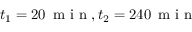
t _ { 1 } = 2 0 \, \mathrm { ~ m ~ i ~ n ~ } , t _ { 2 } = 2 4 0 \, \mathrm { ~ m ~ i ~ n ~ }